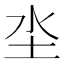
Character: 坔